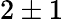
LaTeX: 2\pm{}1